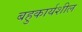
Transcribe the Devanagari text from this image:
बहुकार्यशील